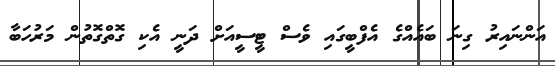
އަންނައިރު ގިނަ ބައެއްގެ އެފްބީގައި ވެސް ޓީސީއަށް ދަނީ އެކި ގޮތްގޮތުން މަރުހަބާ